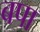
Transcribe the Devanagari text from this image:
बपा